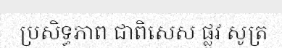
ប្រសិទ្ធភាព ជាពិសេស ផ្លូវ សូត្រ